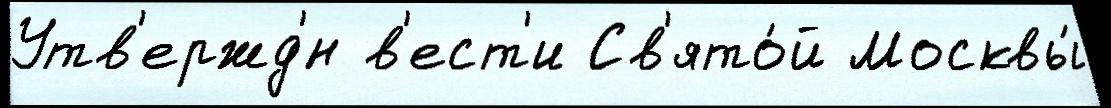
Утв'ержд'́н в'ест'и Св'ято́й Москвы́